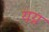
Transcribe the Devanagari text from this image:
यग्न